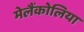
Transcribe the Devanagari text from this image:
मेलैंकोलिया